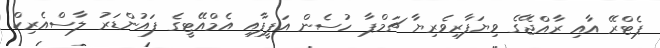
ޕެޓްރޭ އާއި ރާއްޖޭގެ ވިޔަފާރިވެރިޔާ ޗަމްޕާ ހުސެން އަފީފާއި އެމްއޭޓީގެ ފައުންޑަރު ލާސްއެރިކް